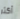
أكثر